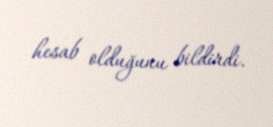
hesab olduğunu bildirdi.